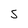
Character: 5